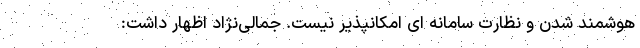
هوشمند شدن و نظارت سامانه ای امکانپذیر نیست. جمالی‌نژاد اظهار داشت: